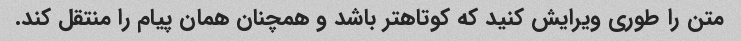
متن را طوری ویرایش کنید که کوتاهتر باشد و همچنان همان پیام را منتقل کند.